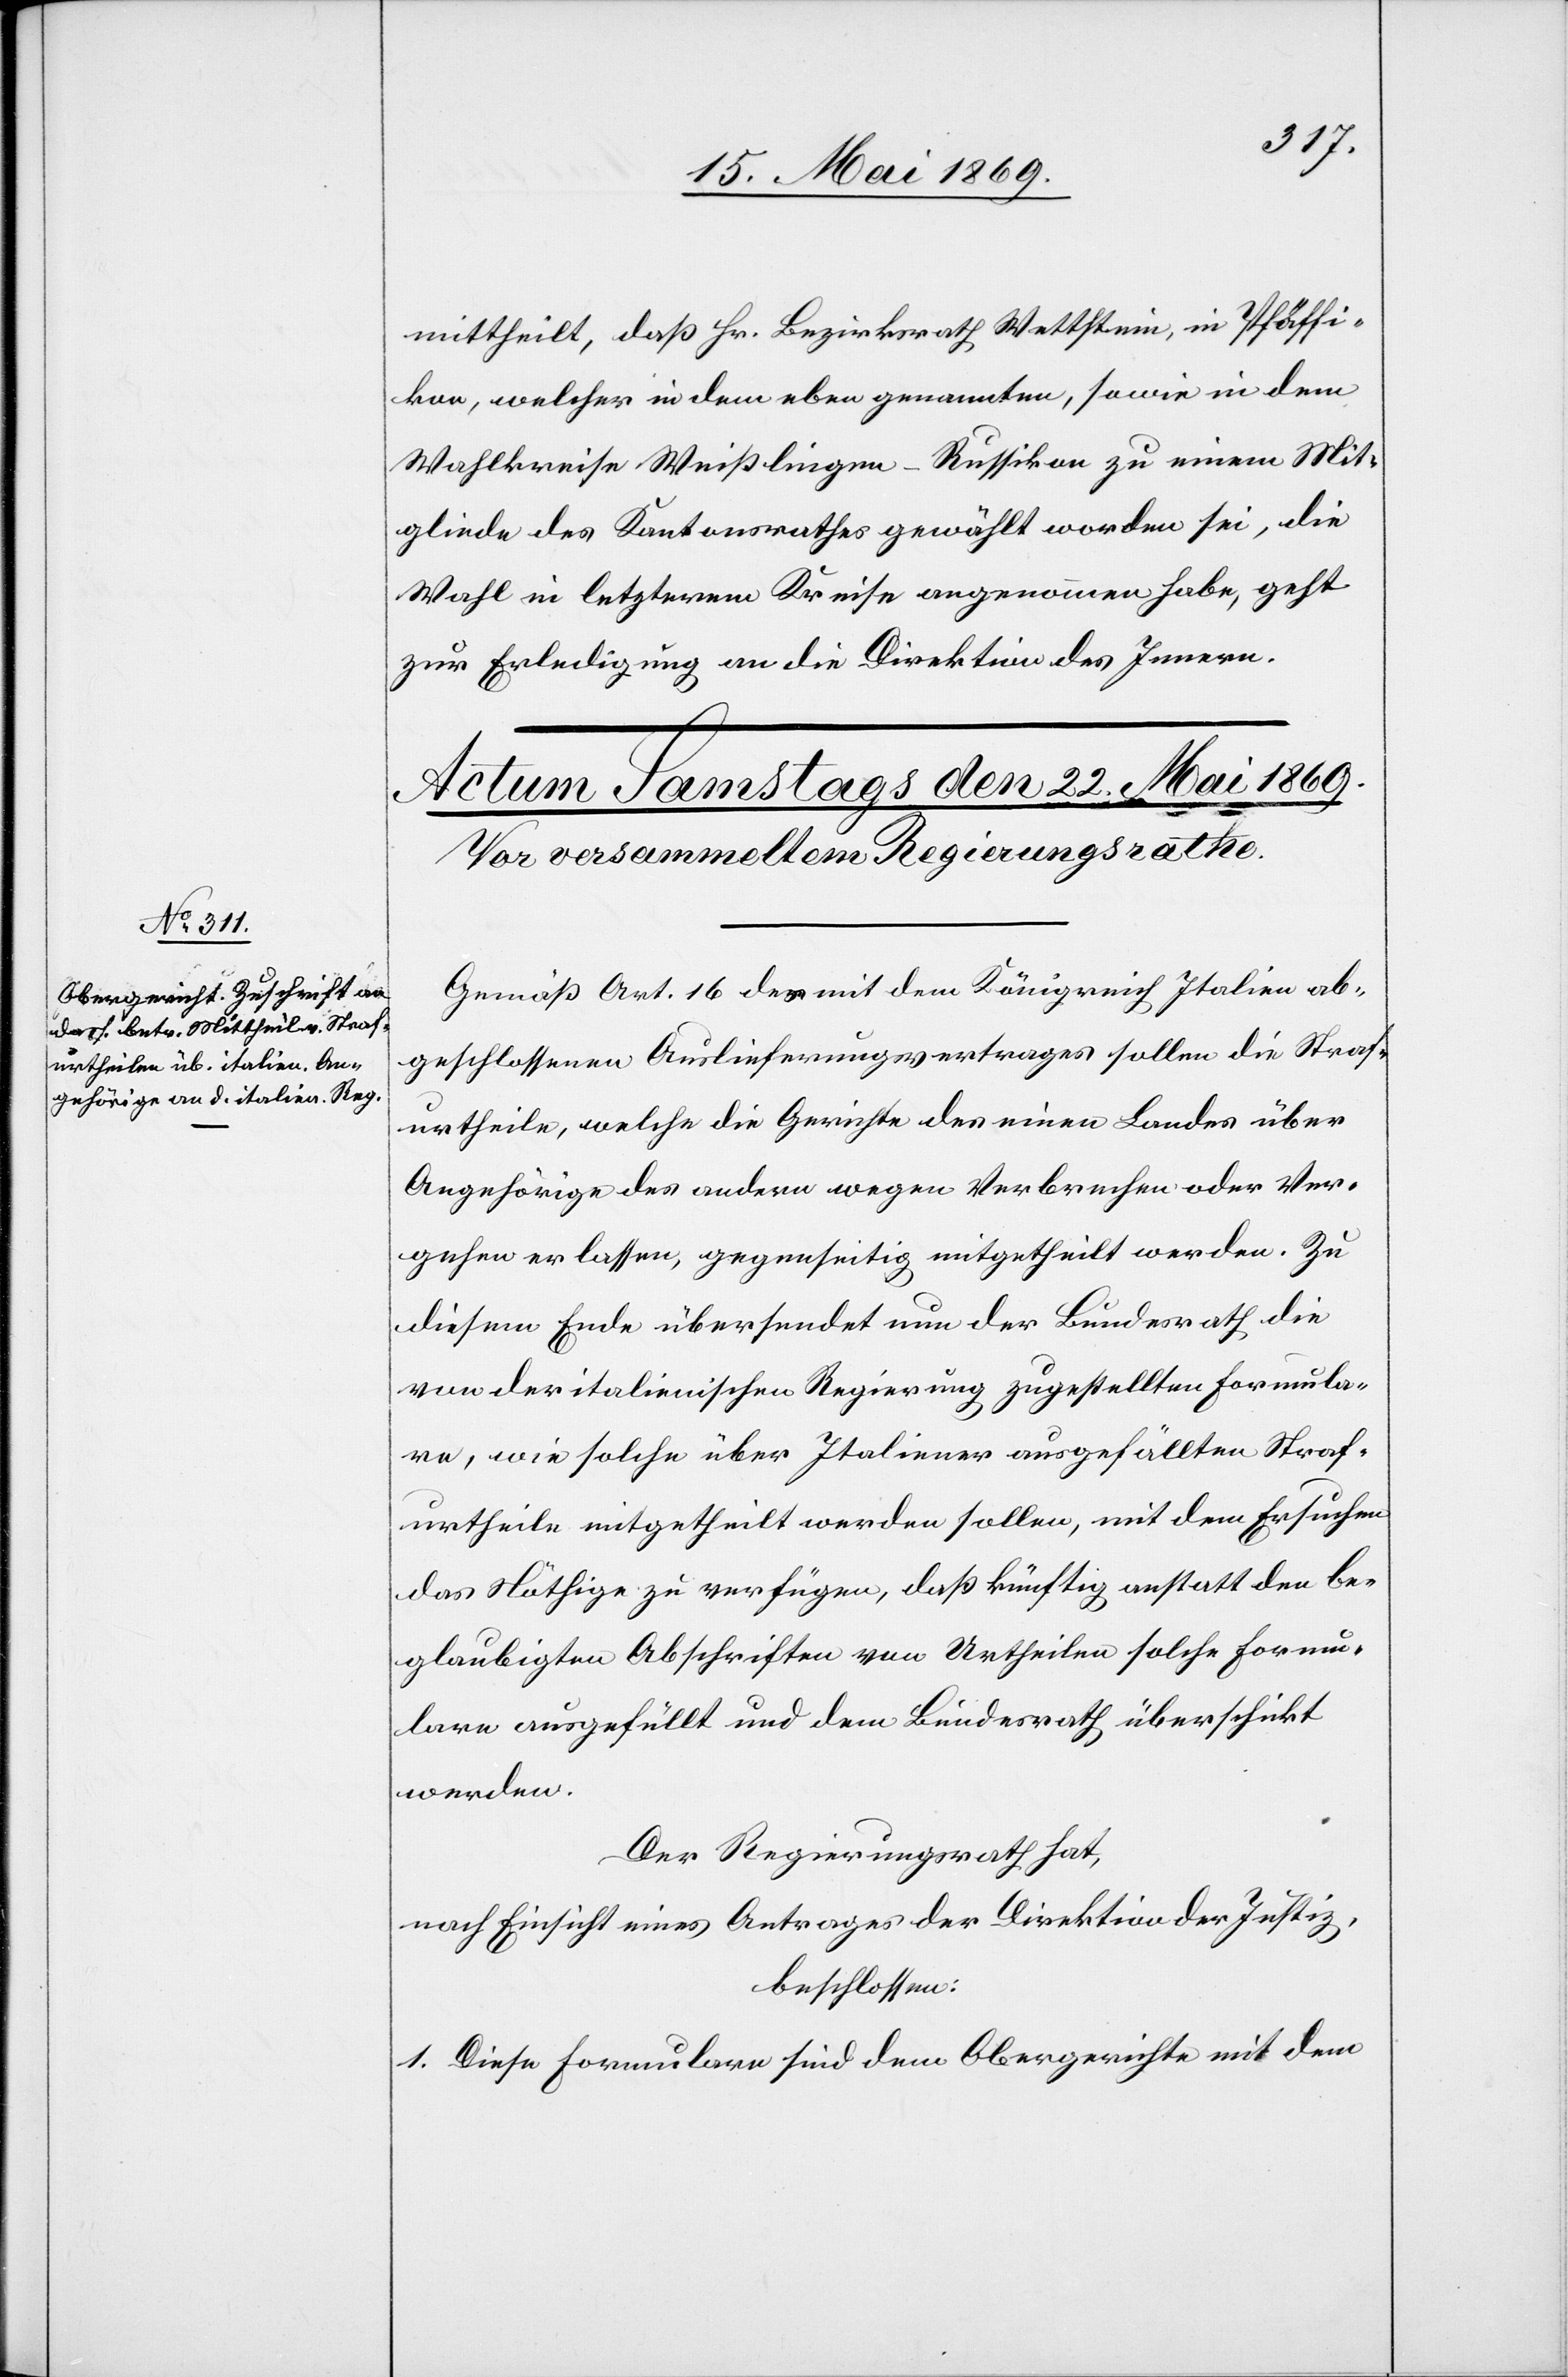
mittheilt, daß Hr. Bezirksrath Wettstein, in Pfäffi¬
kon, welcher in dem eben genannten, sowie in dem
Wahlkreise Weißlingen-Russikon zu einem Mit¬
gliede des Kantonsrathes gewählt worden sei, die
Wahl in letzterem Kreise angenommen habe, geht
zur Erledigung an die Direktion des Innern.
Gemäß Art. 16 des mit dem Königreich Italien ab¬
geschlossenen Auslieferungsvertrages sollen die Straf¬
urtheile, welche die Gerichte des einen Landes über
Angehörige des andern wegen Verbrechen oder Ver¬
gehen erlassen, gegenseitig mitgetheilt werden. Zu
diesem Ende übersendet nun der Bundesrath die
von der italienischen Regierung zustellten Formula¬
re, wie solche über Italiener ausgefällten Straf¬
urtheile mitgetheilt werden sollen, mit dem Ersuchen
das Nöthige zu verfügen, daß künftig anstatt den be¬
glaubigten Abschriften von Urtheilen solche Formu¬
lare ausgefüllt und dem Bundesrath überschickt
werden.
Der Regierungsrath hat,
nach Einsicht eines Antrages der Direktion der Justiz,
beschlossen:
1. Diese Formulare sind dem Obergerichte mit dem